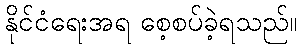
နိုင်ငံရေးအရ စေ့စပ်ခဲ့ရသည်။